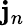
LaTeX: \mathbf{j}_{n}